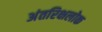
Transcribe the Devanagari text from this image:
अंतरिक्षलोक